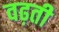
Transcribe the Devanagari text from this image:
वढ़ती